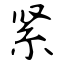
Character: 紧